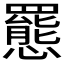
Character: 𫻕